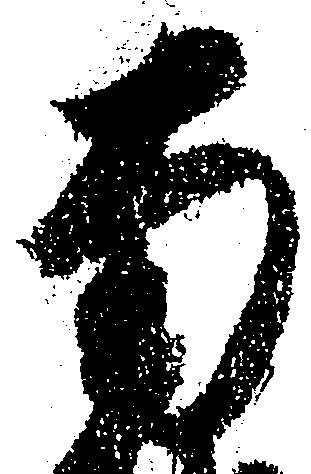
南